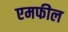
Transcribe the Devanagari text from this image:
एमफील